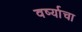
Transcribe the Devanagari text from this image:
वर्ष्याचा